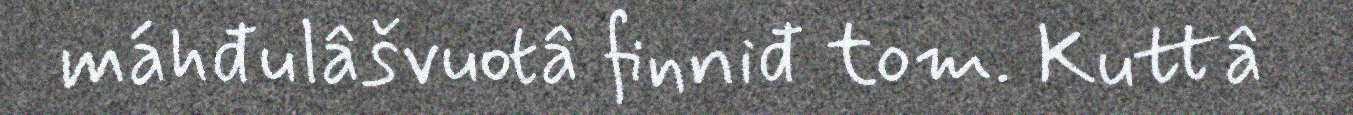
máhđulâšvuotâ finniđ tom. Kuttâ